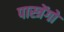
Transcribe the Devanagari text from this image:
पास्त्रेंगो